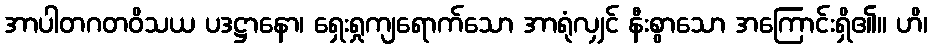
အာပါတဂတဝိသယ ပဒဋ္ဌာနော၊ ရှေးရှုကျရောက်သော အာရုံလျှင် နီးစွာသော အကြောင်းရှိ၏။ ဟိ၊